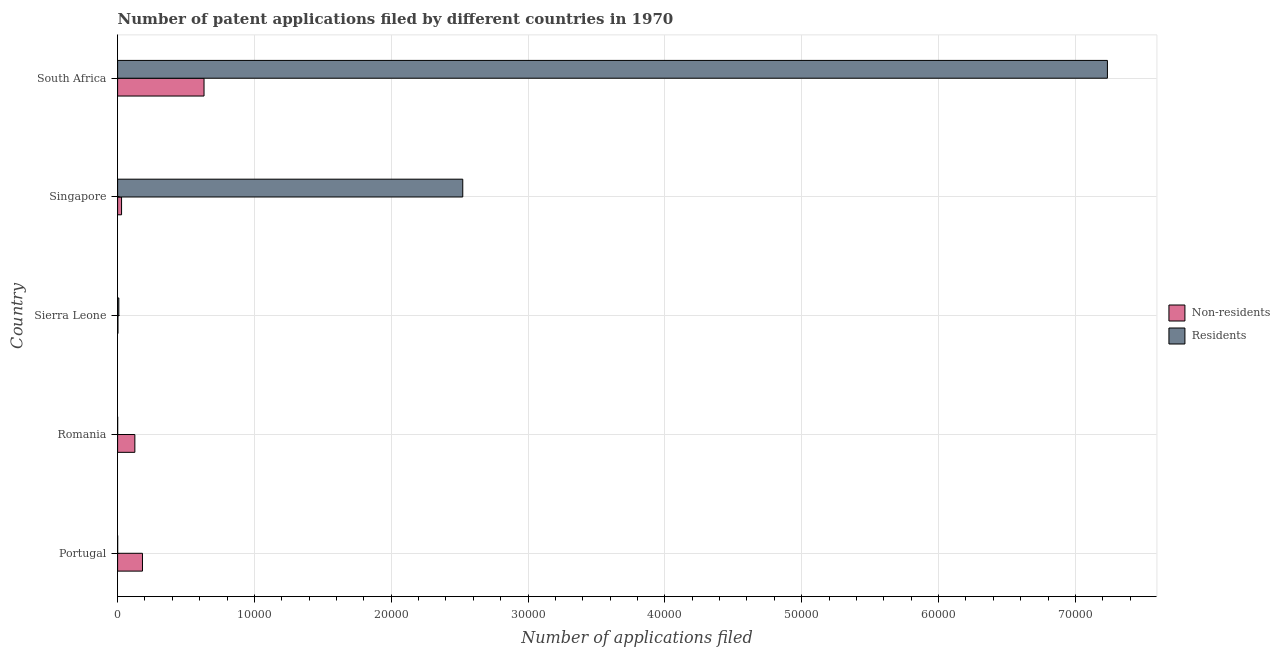
| Country | Non-residents | Residents |
 | --- | --- | --- |
 | Portugal | 1.82e+03 | 4 |
 | Romania | 1.26e+03 | 3 |
 | Sierra Leone | 25 | 89 |
 | Singapore | 289 | 2.52e+04 |
 | South Africa | 6.32e+03 | 7.23e+04 |